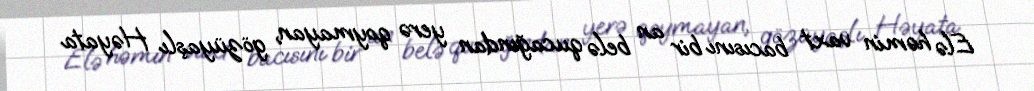
Elə həmin vaxt bacısını bir an belə qucağından yerə qoymayan, gözüyaşlı Həyata